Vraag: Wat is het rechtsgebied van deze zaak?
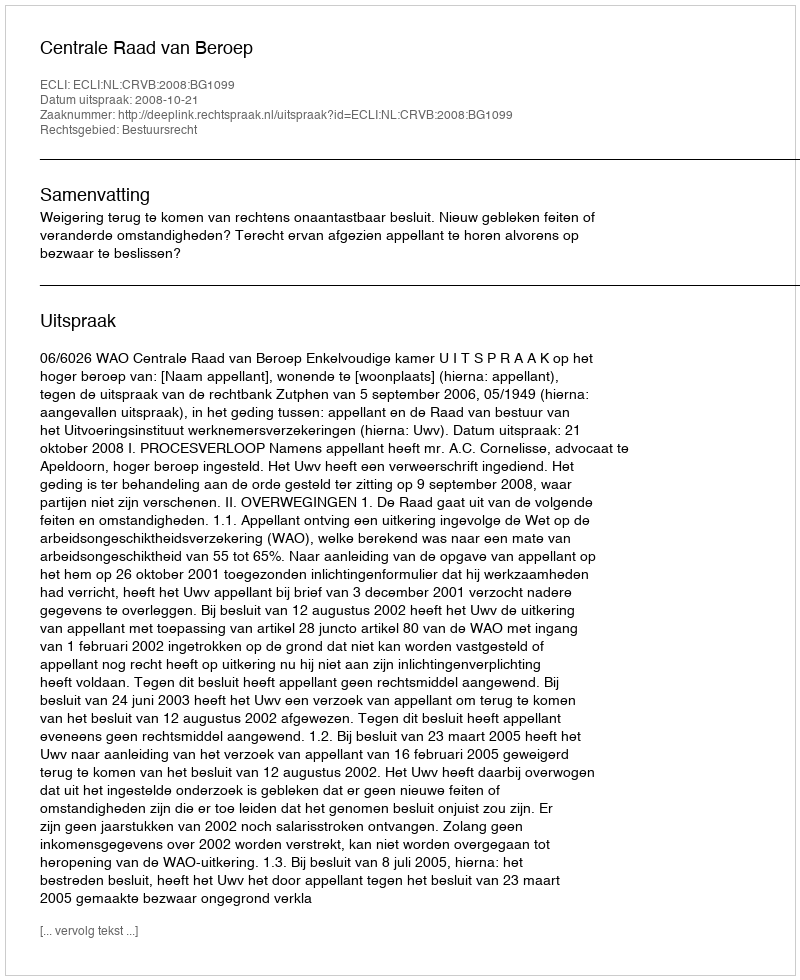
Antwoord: Bestuursrecht